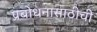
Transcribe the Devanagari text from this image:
प्रबोधनासाठीची